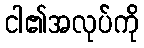
ငါ၏အလုပ်ကို